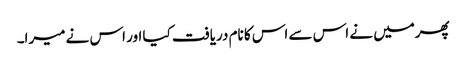
پھرمیں نے اس سے اس کا نام دریافت کیا اور اس نے میرا۔